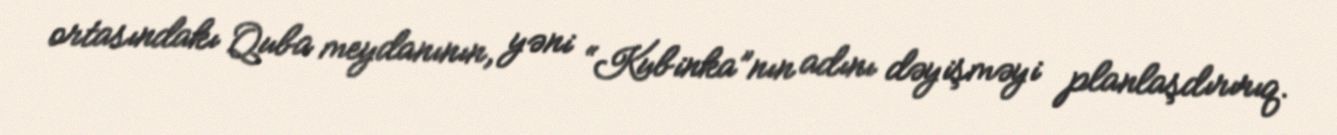
ortasındakı Quba meydanının, yəni “Kubinka”nın adını dəyişməyi planlaşdırırıq.